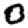
Digit: 0